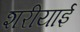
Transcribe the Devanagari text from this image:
शरीयाई